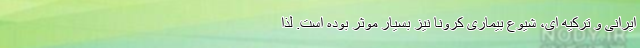
ایرانی و ترکیه ای، شیوع بیماری کرونا نیز بسیار موثر بوده است. لذا